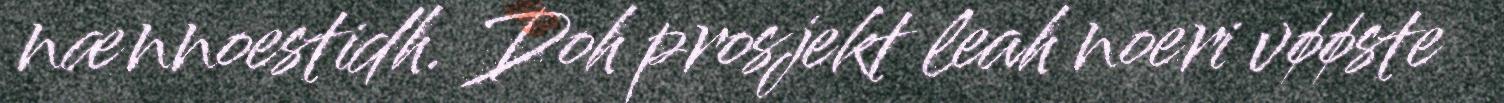
nænnoestidh. Doh prosjekt leah noeri vøøste